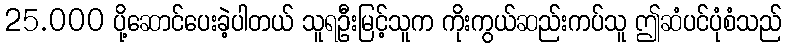
25.000 ပို့ဆောင်ပေးခဲ့ပါတယ် သူရဦးမြင့်သူက ကိုးကွယ်ဆည်းကပ်သူ ဤဆံပင်ပုံစံသည်